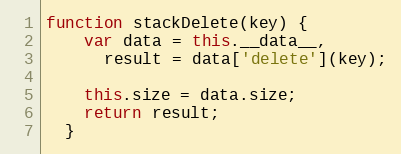
Language: JavaScript
function stackDelete(key) {
    var data = this.__data__,
      result = data['delete'](key);

    this.size = data.size;
    return result;
  }